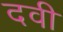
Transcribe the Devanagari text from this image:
दवी